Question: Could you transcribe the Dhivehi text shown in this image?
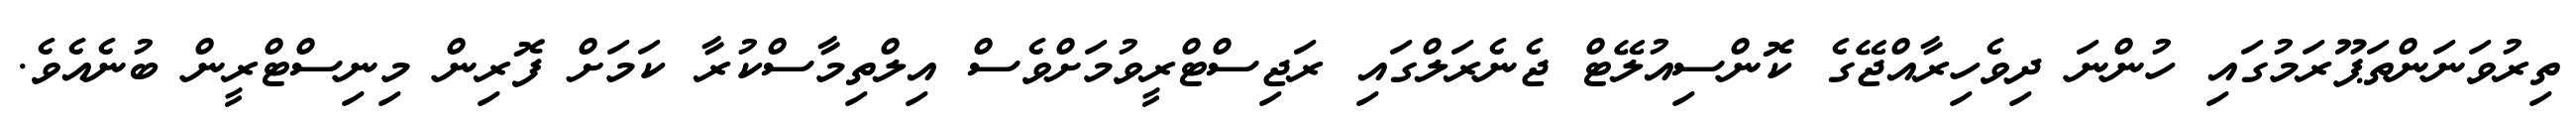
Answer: ތިރުވަނަންތަޕޫރަމުގައި ހުންނަ ދިވެހިރާއްޖޭގެ ކޮންސިއުލޭޓް ޖެނެރަލްގައި ރަޖިސްޓްރީވުމަށްވެސް އިލްތިމާސްކުރާ ކަމަށް ފޮރިން މިނިސްޓްރީން ބުނެއެވެ.